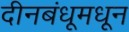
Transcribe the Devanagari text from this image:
दीनबंधूमधून